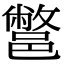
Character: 鄨